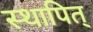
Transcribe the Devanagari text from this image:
स्थापित्